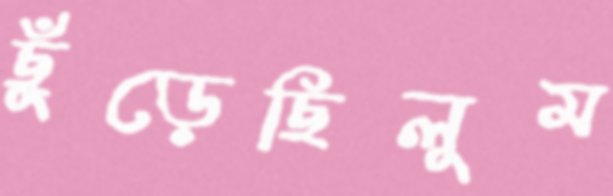
ছুঁড়েছিলুম